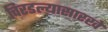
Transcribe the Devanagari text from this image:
चिरडल्यासारखे